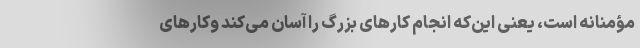
مؤمنانه است، یعنی این‌که انجام کارهای بزرگ را آسان می‌کند وکارهای